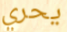
يحري